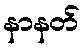
နာနတ်